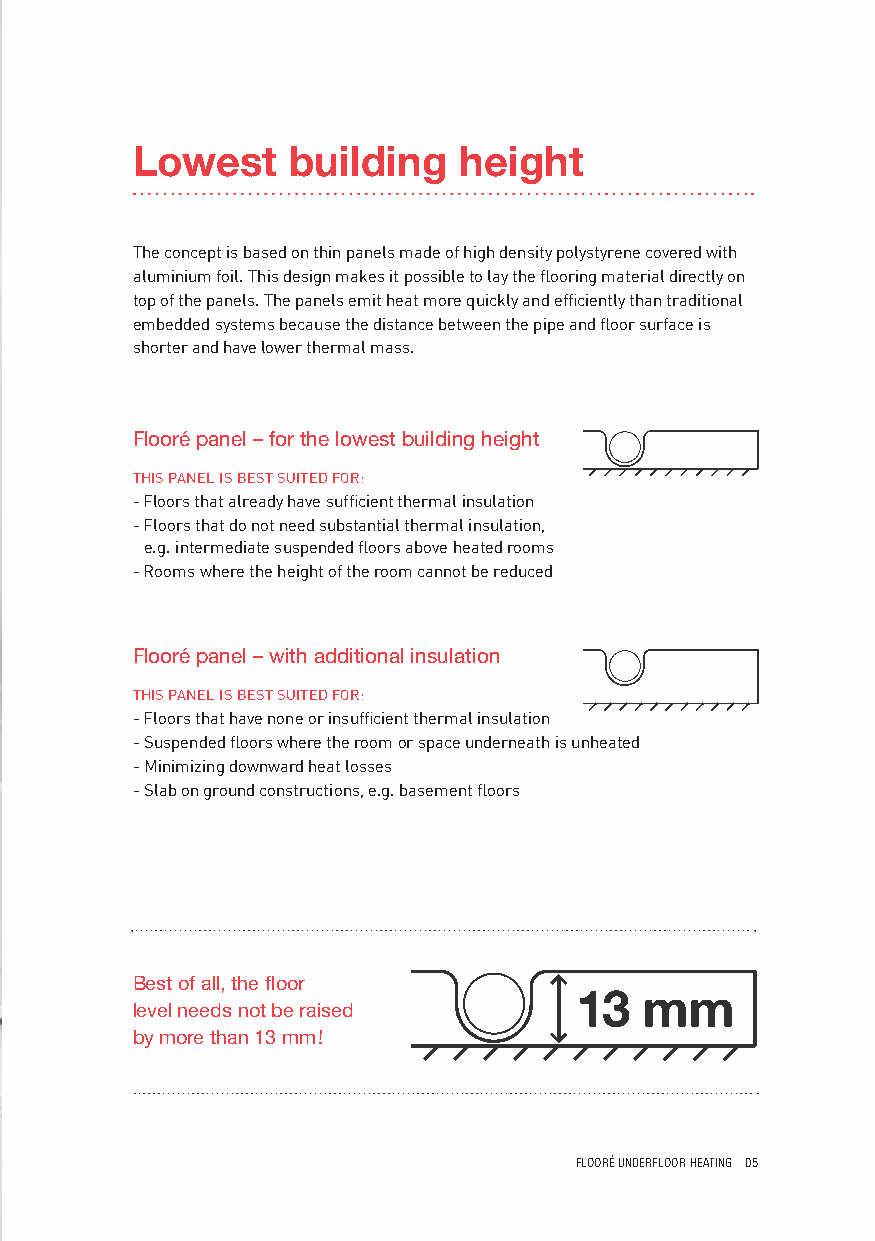
Lowest    building   height
 The concept is based on thin panels made of high density polystyrene covered with
 aluminium foil. This design makes it possible to lay the flooring material directly on
 top of the panels. The panels emit heat more quickly and efficiently than traditional
 embedded systems because the distance between the pipe and floor surface is
 shorter and have lower thermal mass.
 Flooré panel – for the lowest building height
 THIS PANEL IS BEST SUITED FOR:
 - Floors that already have sufficient thermal insulation
 - Floors that do not need substantial thermal insulation,
 e.g. intermediate suspended floors above heated rooms
 - Rooms where the height of the room cannot be reduced
 Flooré panel – with additional insulation
 THIS PANEL IS BEST SUITED FOR:
 - Floors that have none or insufficient thermal insulation
 - Suspended floors where the room or space underneath is unheated
 - Minimizing downward heat losses
 - Slab on ground constructions, e.g. basement floors
 Best of all, the floor
 level needs not be raised
 by more than 13 mm!
 FLOORÉ UNDERFLOOR HEATING 05